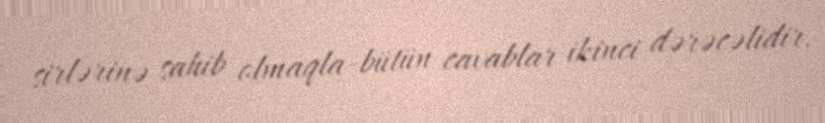
sirlərinə sahib olmaqla-bütün cavablar ikinci dərəcəlidir.